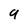
Character: 9